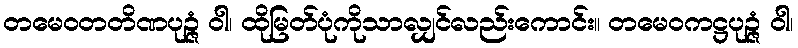
တမေဝတတိဏပုဉ္ဇံ ဝါ၊ ထိုမြတ်ပုံကိုသာလျှင်လည်းကောင်း။ တမေဝကဋ္ဌပုဉ္ဇံ ဝါ၊